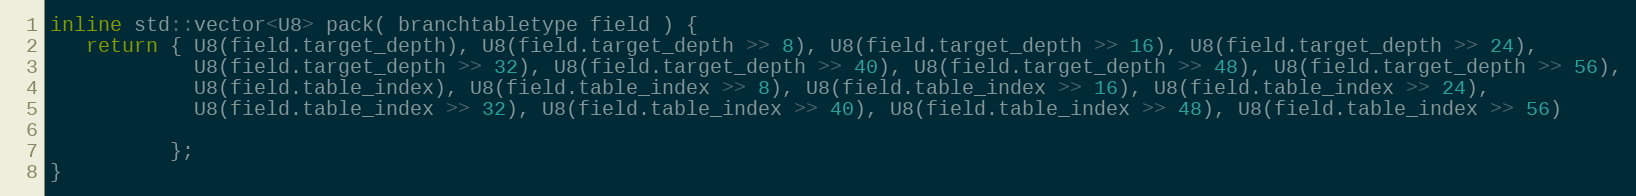
Language: C++
inline std::vector<U8> pack( branchtabletype field ) {
   return { U8(field.target_depth), U8(field.target_depth >> 8), U8(field.target_depth >> 16), U8(field.target_depth >> 24),
            U8(field.target_depth >> 32), U8(field.target_depth >> 40), U8(field.target_depth >> 48), U8(field.target_depth >> 56),
            U8(field.table_index), U8(field.table_index >> 8), U8(field.table_index >> 16), U8(field.table_index >> 24),
            U8(field.table_index >> 32), U8(field.table_index >> 40), U8(field.table_index >> 48), U8(field.table_index >> 56)

          };
}